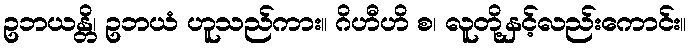
ဥဘယန္တိ၊ ဥဘယံ ဟူသည်ကား။ ဂိဟီဟိ စ၊ လူတို့နှင့်လည်းကောင်း။